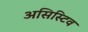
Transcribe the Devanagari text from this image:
असिस्टिव